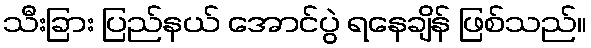
သီးခြား ပြည်နယ် အောင်ပွဲ ရနေချိန် ဖြစ်သည်။